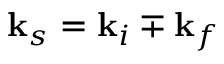
\mathbf { k } _ { s } = \mathbf { k } _ { i } \mp \mathbf { k } _ { f }